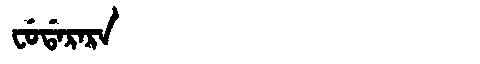
Manchu: ᠸᡠᡩᠠᡵᠠᡵᠠ
Romanization: FUDARARA